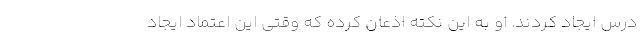
درس ایجاد کردند. او به این نکته اذعان کرده که وقتی این اعتماد ایجاد